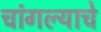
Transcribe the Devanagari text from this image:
चांगल्याचे